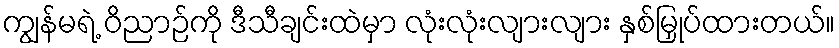
ကျွန်မရဲ့ ဝိညာဉ်ကို ဒီသီချင်းထဲမှာ လုံးလုံးလျားလျား နှစ်မြှုပ်ထားတယ်။